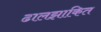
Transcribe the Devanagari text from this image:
ढालझाकित